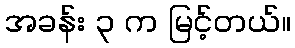
အခန်း ၃ က မြင့်တယ်။